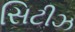
સિટીઝ